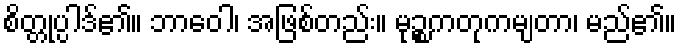
စိတ္တုပ္ပါဒ်၏။ ဘာဝေါ၊ အဖြစ်တည်း။ မုဉ္စကတုကမျတာ၊ မည်၏။